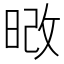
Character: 𭦔